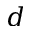
d